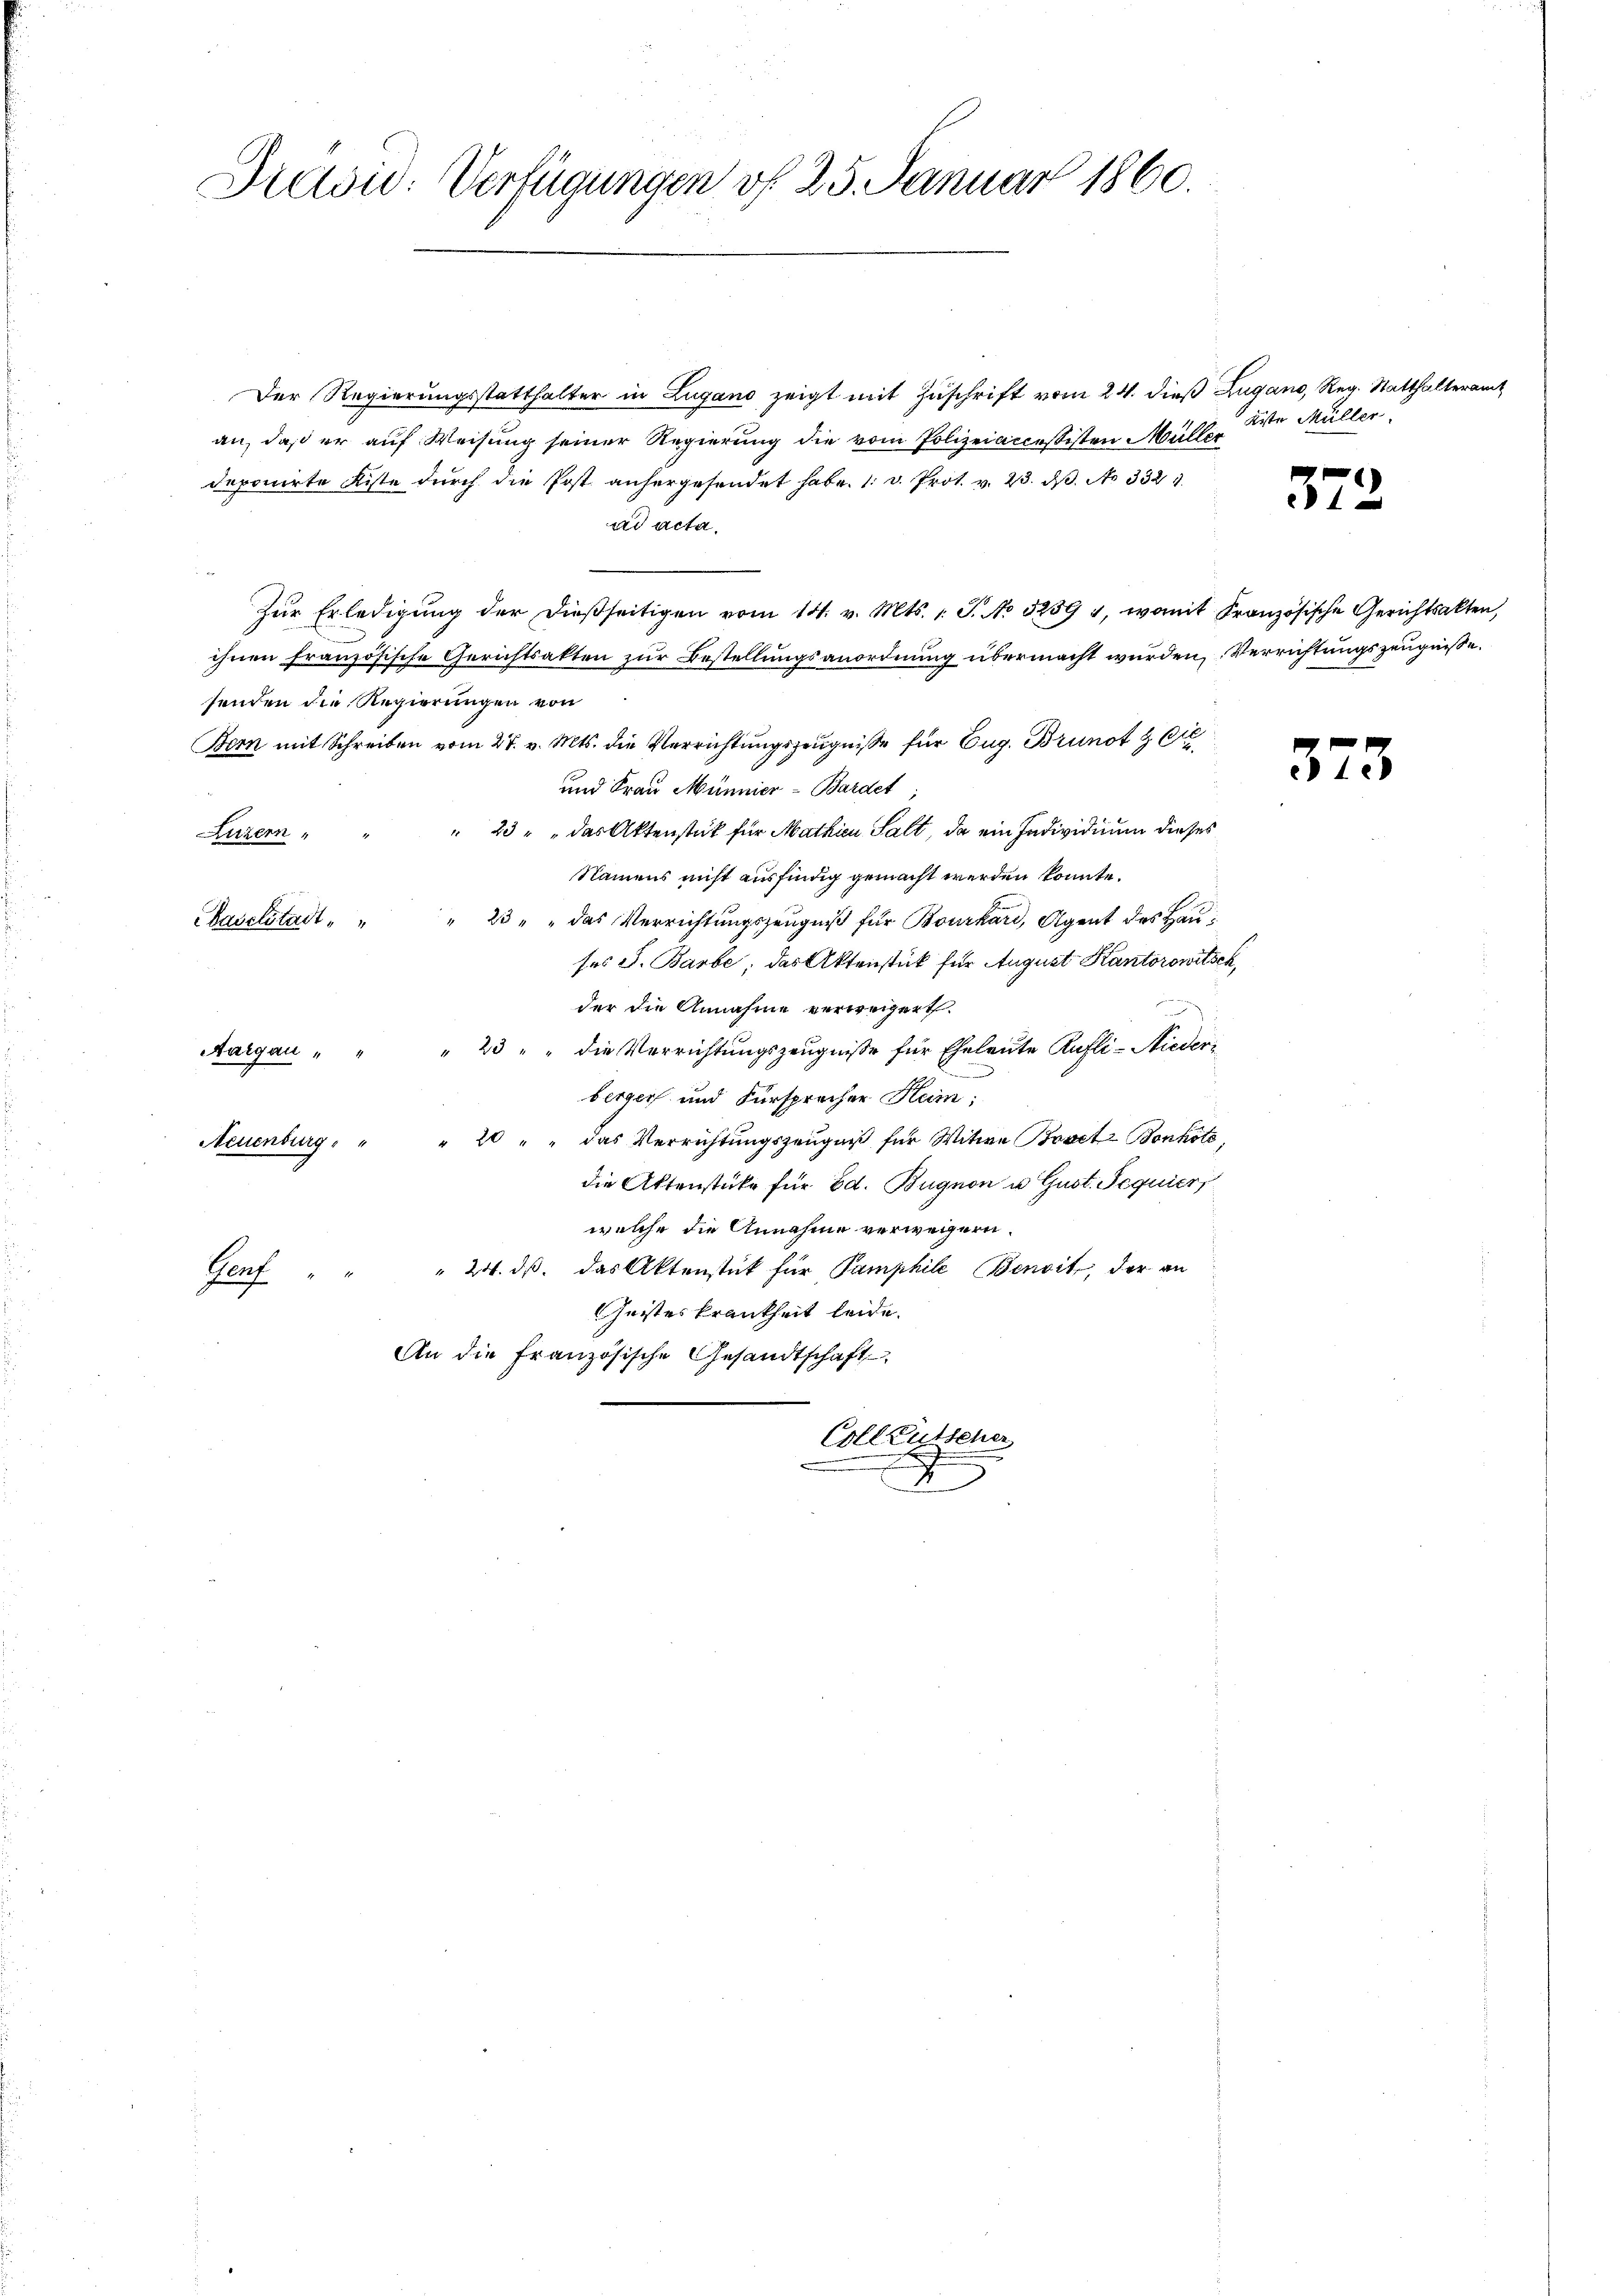
Präsid. Verfügungen vf 25. Januar 1860.

Der Regierungsstatthalter in Zugano zeigt mit Zuschrift vom 24. dieß Zugano, Reg. Statthalter
an, daß er auf Weisung seiner Regierung die vom Polizeiaccessisten Müller
deponirte Kiste dŭrch die Post anhergesendet habe. 1. v. Prot. v. 23. dβ. No 332 1
ad acta.
Zŭr Erledigŭng der dießseitigen vom 14. v. Mts. 1. J. No 5259 4, womit Französische Gerichtsakten,
ihnen französische Gerichtsakten zur Bestellungsanordnung übermacht wurden, Verrichtungszeugniße.
senden die Regierungen von
Bern mit Schreiben vom 27. v. Mts. die Verrichtungszeugnisse für Eug. Brunot & Ci
und Frau Münnier-Bardet
" 23 " " das Aktenstück für Mathien Salt, da ein Individium dieses
Luzern,
Namens nicht ausfindig gemacht werden könnte.
" 23 " " das Verrichtungszeugniß für Bourkard, Agent des Hau¬
Baselstadt
ses J. Barbe, das Aktenstück für August Kantorowitsch,
der die Annahme verweigert
" 23 " " die Verrichtungszeugnisse für Eheleute Aufli-Nieder¬
Aargau
berger und Fürsprecher Heim;
Neuenburg " " 20 " " das Verrichtŭngszeŭgniβ für Witwe Bovet z Bonkoto,
die Aktenstüke für Ed. Bugnon u. Gust. Sequier
welche die Annahme verwegern.
" 24. ds. das Aktenstück für Pamphile Benoit, der an
Genf
Geisteskrankheit leide.
An die Französische Gesandtschaft
Coll Gutscher
.

äste Müller.

572.

37.

s